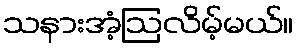
သနားအံ့ဩလိမ့်မယ်။